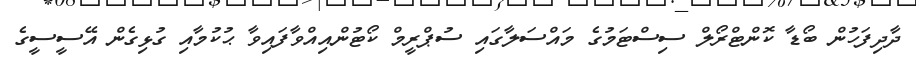
ދާދިފަހުން ބޯޑާ ކޮންޓްރޯލް ސިސްޓަމުގެ މައްސަލާގައި ސުޕްރީމް ކޯޓުންއިއްވާފައިވާ ޙުކުމާއި ގުޅިގެން އޭސީސީގެ